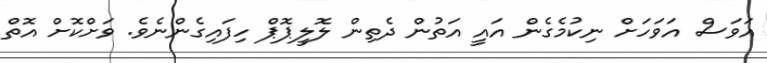
އަވަސް އަވަހަށް ނިކުމެގެން އައީ އަތުން ދެތިން ލޮލީޕޮޕް ހިފައިގެންނެވެ. ވަށްކޮށް އޮތް